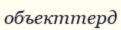
объекттерд